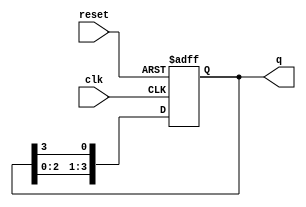
module bistable_ring_counter (
    input wire clk,          // Clock signal
    input wire reset,        // Asynchronous reset signal
    output reg [N-1:0] q     // Output state of the flip-flops
);
    parameter N = 4;         // Number of flip-flops (can be adjusted)

    // Initial state
    initial begin
        q = 4'b0001;         // Initialize the counter to 0001
    end

    always @(posedge clk or posedge reset) begin
        if (reset) begin
            q <= 4'b0001;     // Reset the counter to 0001
        end else begin
            // Shift the bits in the ring
            q <= {q[N-2:0], q[N-1]}; // Shift left and wrap around
        end
    end
endmodule